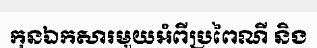
កុនឯកសារមួយអំពីប្រពៃណី និង